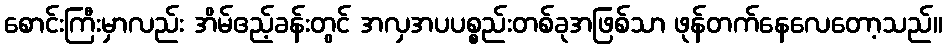
စောင်းကြီးမှာလည်း အိမ်ဧည့်ခန်းတွင် အလှအပပစ္စည်းတစ်ခုအဖြစ်သာ ဖုန်တက်နေလေတော့သည်။